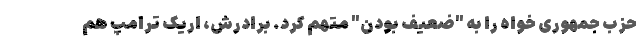
حزب جمهوری خواه را به "ضعیف بودن" متهم کرد. برادرش، اریک ترامپ هم